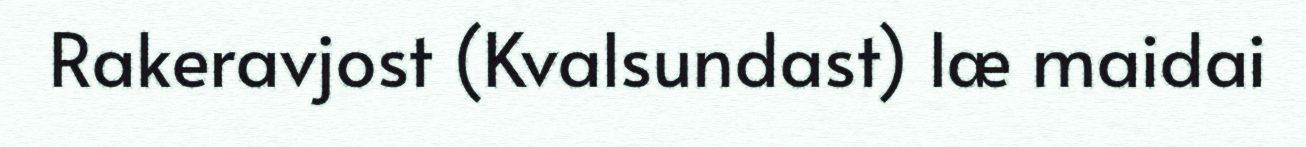
Rakeravjost (Kvalsundast) læ maidai